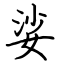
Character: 娑